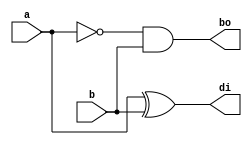
`timescale 1ns / 1ps
//////////////////////////////////////////////////////////////////////////////////
// Company: 
// Engineer: 
// 
// Design Name: 
// Module Name: hs_beh
// Project Name: 
// Target Devices: 
// Tool Versions: 
// Description: 
// 
// Dependencies: 
// 
// Revision:
// Revision 0.01 - File Created
// Additional Comments:
// 
//////////////////////////////////////////////////////////////////////////////////


module hs_beh(
    input a,b,
    output reg bo,di
    );
   always @(*)
   begin
   di=a^b; 
   bo=(~a)&b;
   end
endmodule